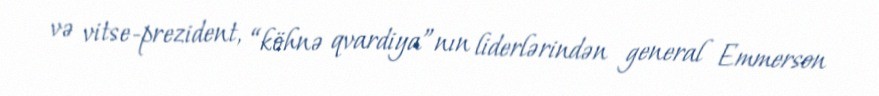
və vitse-prezident, “köhnə qvardiya”nın liderlərindən general Emmerson